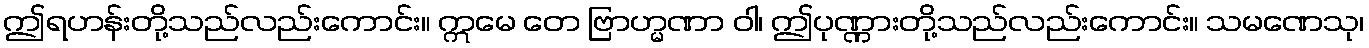
ဤရဟန်းတို့သည်လည်းကောင်း။ ဣမေ တေ ဗြာဟ္မဏာ ဝါ၊ ဤပုဏ္ဏားတို့သည်လည်းကောင်း။ သမဏေသု၊